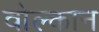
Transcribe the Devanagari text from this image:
वोल्कान